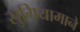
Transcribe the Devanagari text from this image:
सुगियामाने